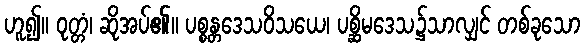
ဟူ၍။ ဝုတ္တံ၊ ဆိုအပ်၏။ ပစ္စန္တဒေသဝိသယေ၊ ပစ္ဆိမဒေသ၌သာလျှင် တစ်ခုသော